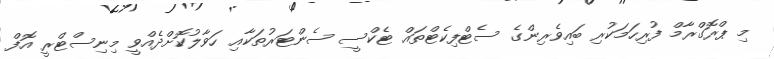
މި ޕްރޮގްރާމް ފުރިހަމަކުރި ބައިވެރިންގެ ސެޓްފިކެޓްތައް ޓެކްސީ ސެންޓަރުތަކާއި ހަވާލުކޮށްދެއްވީ މިނިސްޓްރީ އޮފް